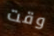
وقت